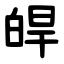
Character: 皔